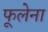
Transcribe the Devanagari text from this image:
फूलेना